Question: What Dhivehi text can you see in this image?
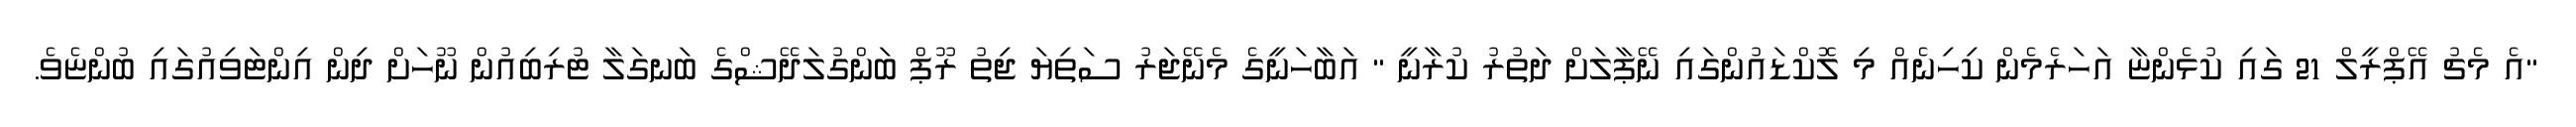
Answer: "އެ މެޗު އޭޕްރީލް 21 ގައި ކުޅެންޏާ އަހަރެމެން ކިހިނެއް މި ލޮކްޑައުންގައި ނޭޕާލަށް ދަތުރު ކުރާނީ " އަބާހަނީގެ މެނޭޖަރު ސަތިޔަ ޖިތު ރޫޕް ބަންގުލަދޭޝްގެ ބަނގަލާ ޓުރިބިއުން ނޫހަށް ދިން އިންޓަވިއުގައި ބުންޏެވެ.